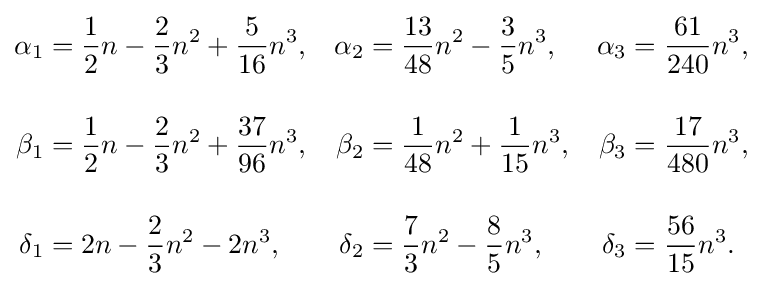
{\begin{aligned}\alpha _{1}&={\frac {1}{2}}n-{\frac {2}{3}}n^{2}+{\frac {5}{16}}n^{3},&\alpha _{2}&={\frac {13}{48}}n^{2}-{\frac {3}{5}}n^{3},&\alpha _{3}&={\frac {61}{240}}n^{3},\\[12pt]\beta _{1}&={\frac {1}{2}}n-{\frac {2}{3}}n^{2}+{\frac {37}{96}}n^{3},&\beta _{2}&={\frac {1}{48}}n^{2}+{\frac {1}{15}}n^{3},&\beta _{3}&={\frac {17}{480}}n^{3},\\[12pt]\delta _{1}&=2n-{\frac {2}{3}}n^{2}-2n^{3},&\delta _{2}&={\frac {7}{3}}n^{2}-{\frac {8}{5}}n^{3},&\delta _{3}&={\frac {56}{15}}n^{3}.\end{aligned}}